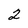
Character: 2